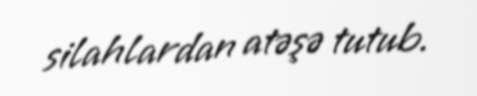
silahlardan atəşə tutub.